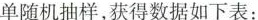
单随机抽样，获得数据如下表：